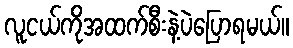
လူငယ်ကိုအထက်စီးနဲ့ပဲပြောရမယ်။